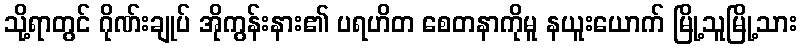
သို့ရာတွင် ဂိုဏ်းချုပ် အိုကွန်းနား၏ ပရဟိတ စေတနာကိုမူ နယူးယောက် မြို့သူမြို့သား